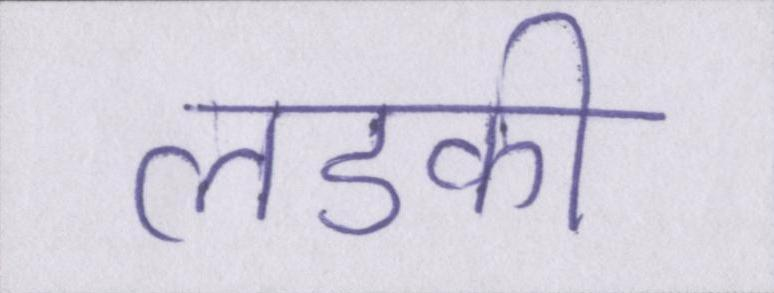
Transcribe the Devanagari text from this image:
लडकी